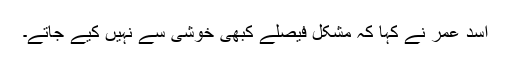
اسد عمر نے کہا کہ مشکل فیصلے کبھی خوشی سے نہیں کیے جاتے۔